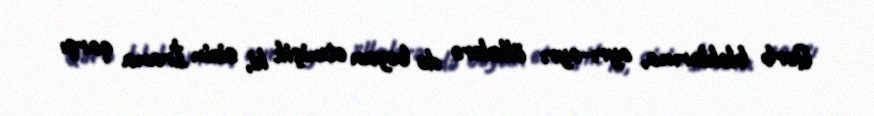
Qərb bloklarına, ayrı-ayrı ölkələrə də bəyan etmişik ki, sizin İrana qarşı